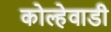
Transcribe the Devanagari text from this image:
कोल्हेवाडी